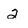
Character: 2